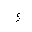
Letter: _waw